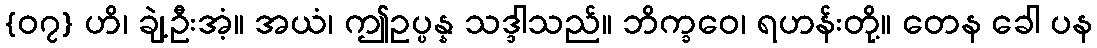
{၀၇} ဟိ၊ ချဲ့ဦးအံ့။ အယံ၊ ဤဥပ္ပန္န သဒ္ဒါသည်။ ဘိက္ခဝေ၊ ရဟန်းတို့။ တေန ခေါ ပန